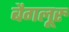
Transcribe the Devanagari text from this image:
बैगलूरु